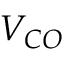
V _ { C O }